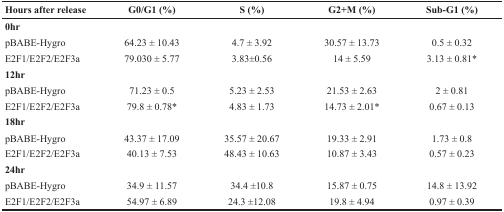
<table><thead><tr><td><b>Hours after release</b></td><td><b>G0/G1 (%)</b></td><td><b>S (%)</b></td><td><b>G2+M (%)</b></td><td><b>Sub-G1 (%)</b></td></tr></thead><tbody><tr><td><b>0hr</b></td><td></td><td></td><td></td><td></td></tr><tr><td>pBABE-Hygro</td><td>64.23 ± 10.43</td><td>4.7 ± 3.92</td><td>30.57 ± 13.73</td><td>0.5 ± 0.32</td></tr><tr><td>E2F1/E2F2/E2F3a</td><td>79.030 ± 5.77</td><td>3.83±0.56</td><td>14 ± 5.59</td><td>3.13 ± 0.81*</td></tr><tr><td><b>12hr</b></td><td></td><td></td><td></td><td></td></tr><tr><td>pBABE-Hygro</td><td>71.23 ± 0.5</td><td>5.23 ± 2.53</td><td>21.53 ± 2.63</td><td>2 ± 0.81</td></tr><tr><td>E2F1/E2F2/E2F3a</td><td>79.8 ± 0.78*</td><td>4.83 ± 1.73</td><td>14.73 ± 2.01*</td><td>0.67 ± 0.13</td></tr><tr><td><b>18hr</b></td><td></td><td></td><td></td><td></td></tr><tr><td>pBABE-Hygro</td><td>43.37 ± 17.09</td><td>35.57 ± 20.67</td><td>19.33 ± 2.91</td><td>1.73 ± 0.8</td></tr><tr><td>E2F1/E2F2/E2F3a</td><td>40.13 ± 7.53</td><td>48.43 ± 10.63</td><td>10.87 ± 3.43</td><td>0.57 ± 0.23</td></tr><tr><td><b>24hr</b></td><td></td><td></td><td></td><td></td></tr><tr><td>pBABE-Hygro</td><td>34.9 ± 11.57</td><td>34.4 ±10.8</td><td>15.87 ± 0.75</td><td>14.8 ± 13.92</td></tr><tr><td>E2F1/E2F2/E2F3a</td><td>54.97 ± 6.89</td><td>24.3 ±12.08</td><td>19.8 ± 4.94</td><td>0.97 ± 0.39</td></tr></tbody></table>